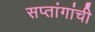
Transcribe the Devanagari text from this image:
सप्तांगांची